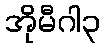
အိုမီဂါ၃